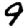
Digit: 9